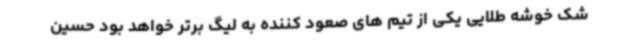
شک خوشه طلایی یکی از تیم های صعود کننده به لیگ برتر خواهد بود حسین